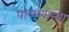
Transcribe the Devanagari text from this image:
पाळणार्‍या